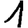
Digit: 1